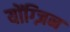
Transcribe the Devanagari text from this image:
योंग्ज़िन